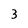
Character: 3